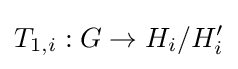
T_{1,i}:G\to H_{i}/H_{i}'